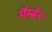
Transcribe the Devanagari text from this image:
मैम्ब्रेन